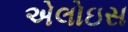
એલોઇસ